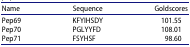
| Name | Sequence | Goldscores |
 | --- | --- | --- |
 | Pep69 | KFYIHSDY | 101.55 |
 | Pep70 | PGLYYFD | 108.01 |
 | Pep71 | FSYHSF | 98.60 |